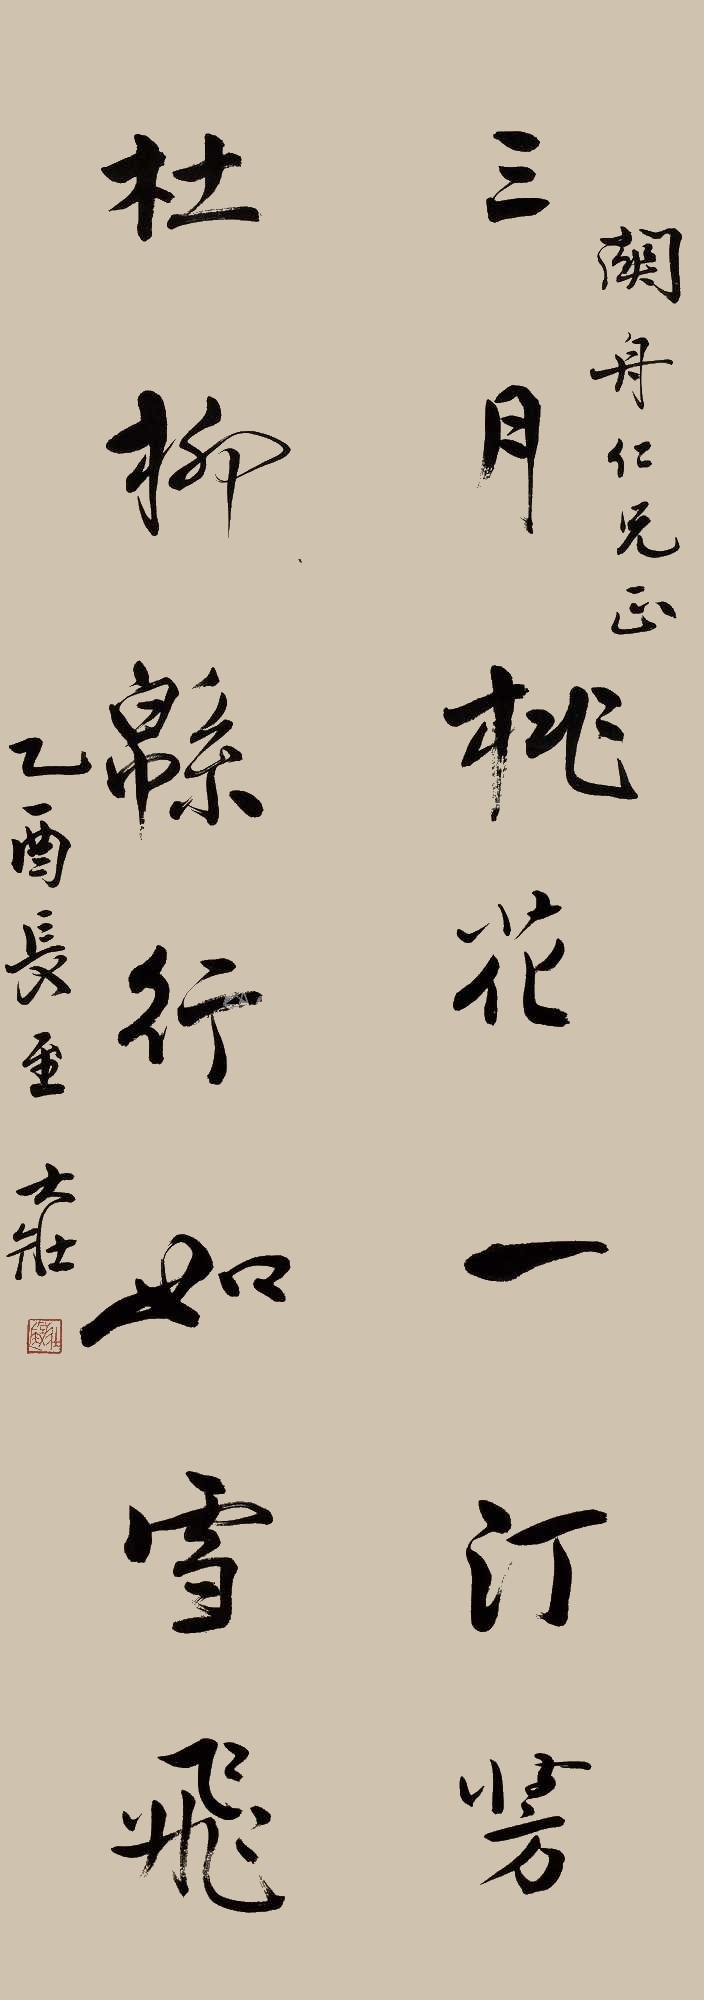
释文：三月桃花一汀芳，杜柳帛行如雪飞。关舟仁兄正，乙酉（1945年）长至，大壮。